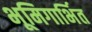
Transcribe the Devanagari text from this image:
भूमिगार्भित